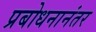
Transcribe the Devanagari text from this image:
प्रबोधनानंतर